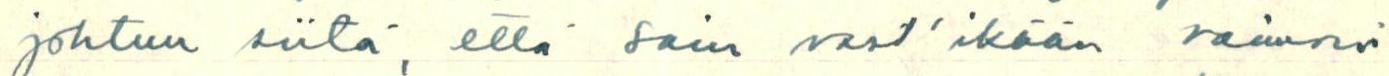
johtuu siitä, että sain vast'ikään vaimoni